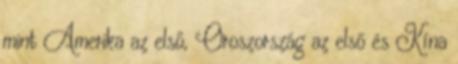
mint Amerika az első, Oroszország az első és Kína